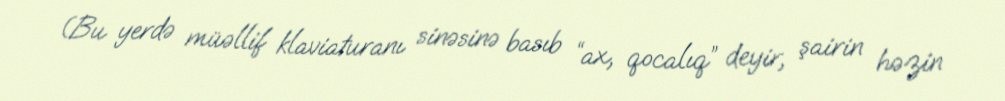
(Bu yerdə müəllif klaviaturanı sinəsinə basıb “ax, qocalıq” deyir, şairin həzin